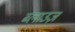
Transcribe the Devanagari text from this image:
ब्लाउज़